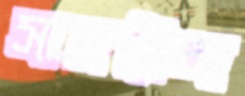
সামরিনা